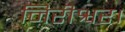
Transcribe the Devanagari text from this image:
निरीश्वर।